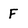
Character: F